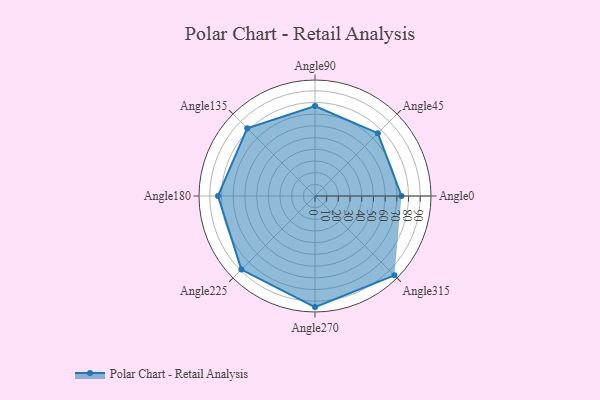
{"axis": {"x": "Angle", "y": "Radius"}, "legend": [""], "data": [{"x": "Angle0", "y": 74.0, "type": ""}, {"x": "Angle45", "y": 76.0, "type": ""}, {"x": "Angle90", "y": 77.0, "type": ""}, {"x": "Angle135", "y": 82.0, "type": ""}, {"x": "Angle180", "y": 83.0, "type": ""}, {"x": "Angle225", "y": 89.0, "type": ""}, {"x": "Angle270", "y": 95.0, "type": ""}, {"x": "Angle315", "y": 96.0, "type": ""}]}